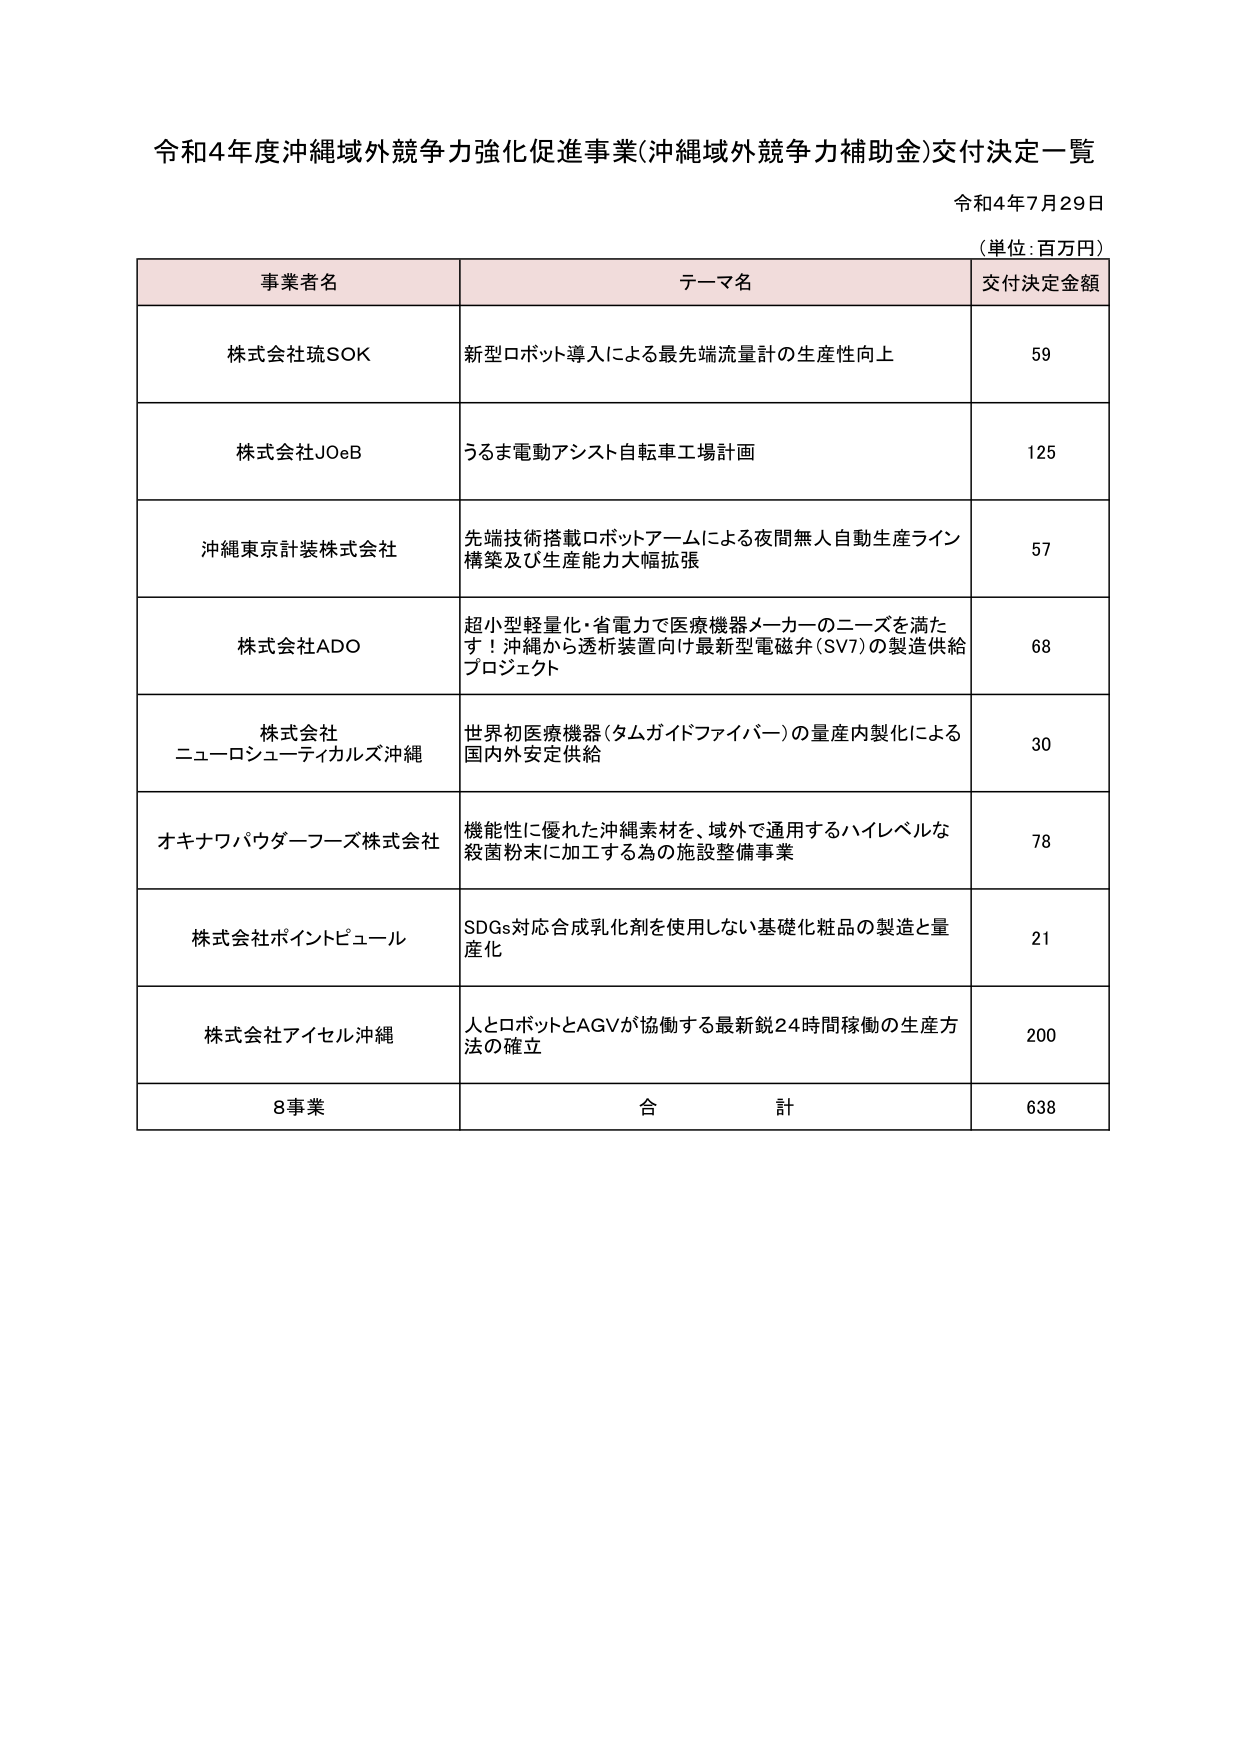
令和4年度沖縄域外競争力強化促進事業(沖縄域外競争力補助金)交付決定一覧
令和4年7月29日
（単位：百万円）

事業者名